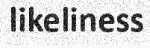
likeliness